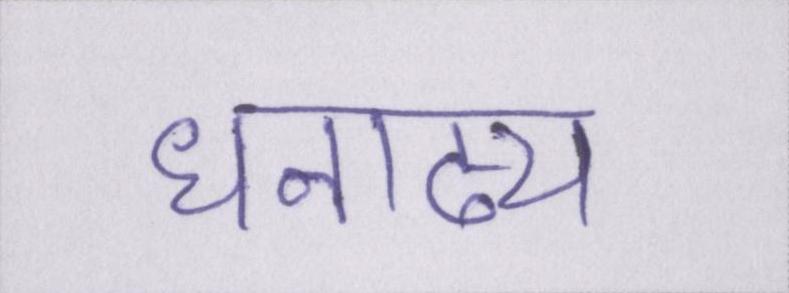
धनाढ्य